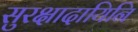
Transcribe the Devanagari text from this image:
सुरक्षादायिनि